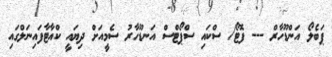
ޕަބެލޯ އަންޑޫހާރް --- ފޮޓޯ/ ސްކައި ސްޕޯޓްސް އަނޑޫހާރު ސެމީއަށް ދިޔައީ ކްއާޓާފައިނަލްގައި